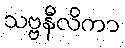
သဗ္ဗနီလိကာ